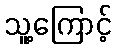
သူ့ကြောင့်